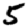
Digit: 5